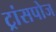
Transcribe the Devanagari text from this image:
ट्रांसपोज